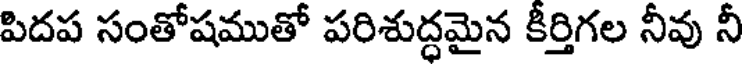
పిదప సంతోషముతో పరిశుద్ధమైన కీర్తిగల నీవు నీ